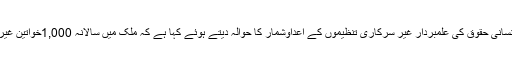
برطانوی سروے نے پاکستان میں انسانی حقوق کی علمبردار غیر سرکاری تنظیموں کے اعداوشمار کا حوالہ دیتے ہوئے کہا ہے کہ ملک میں سالانہ 1,000خواتین غیرت کے نام پر قتل کر دی جاتی ہیں۔